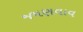
જમણવાવ